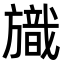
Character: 旘